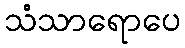
သံသာရောပေ